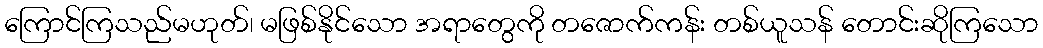
ကြောင်ကြသည်မဟုတ်၊ မဖြစ်နိုင်သော အရာတွေကို တဇောက်ကန်း တစ်ယူသန် တောင်းဆိုကြသော